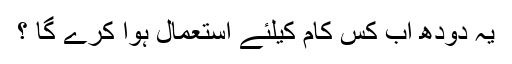
یہ دودھ اب کس کام کیلئے استعمال ہوا کرے گا ؟